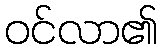
ဝင်လာ၏